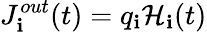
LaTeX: J_{\mathbf{i}}^{out}(t)=q_{\mathbf{i}}\mathcal{H}_{\mathbf{i}}(t)